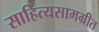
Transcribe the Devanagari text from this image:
साहित्यसामग्रीत